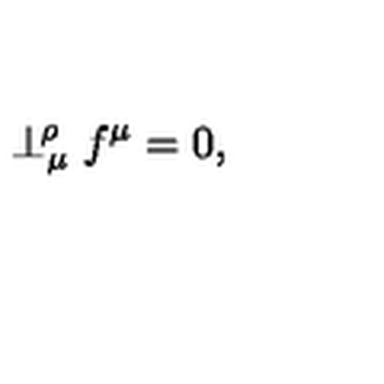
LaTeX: \perp _ { \mu } ^ { \! \rho } f ^ { \mu } = 0 ,